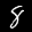
Label: 8